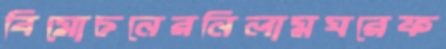
বিমোচনেরনিলামঘরেফ